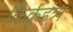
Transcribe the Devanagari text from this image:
किर्कुइत्र्य